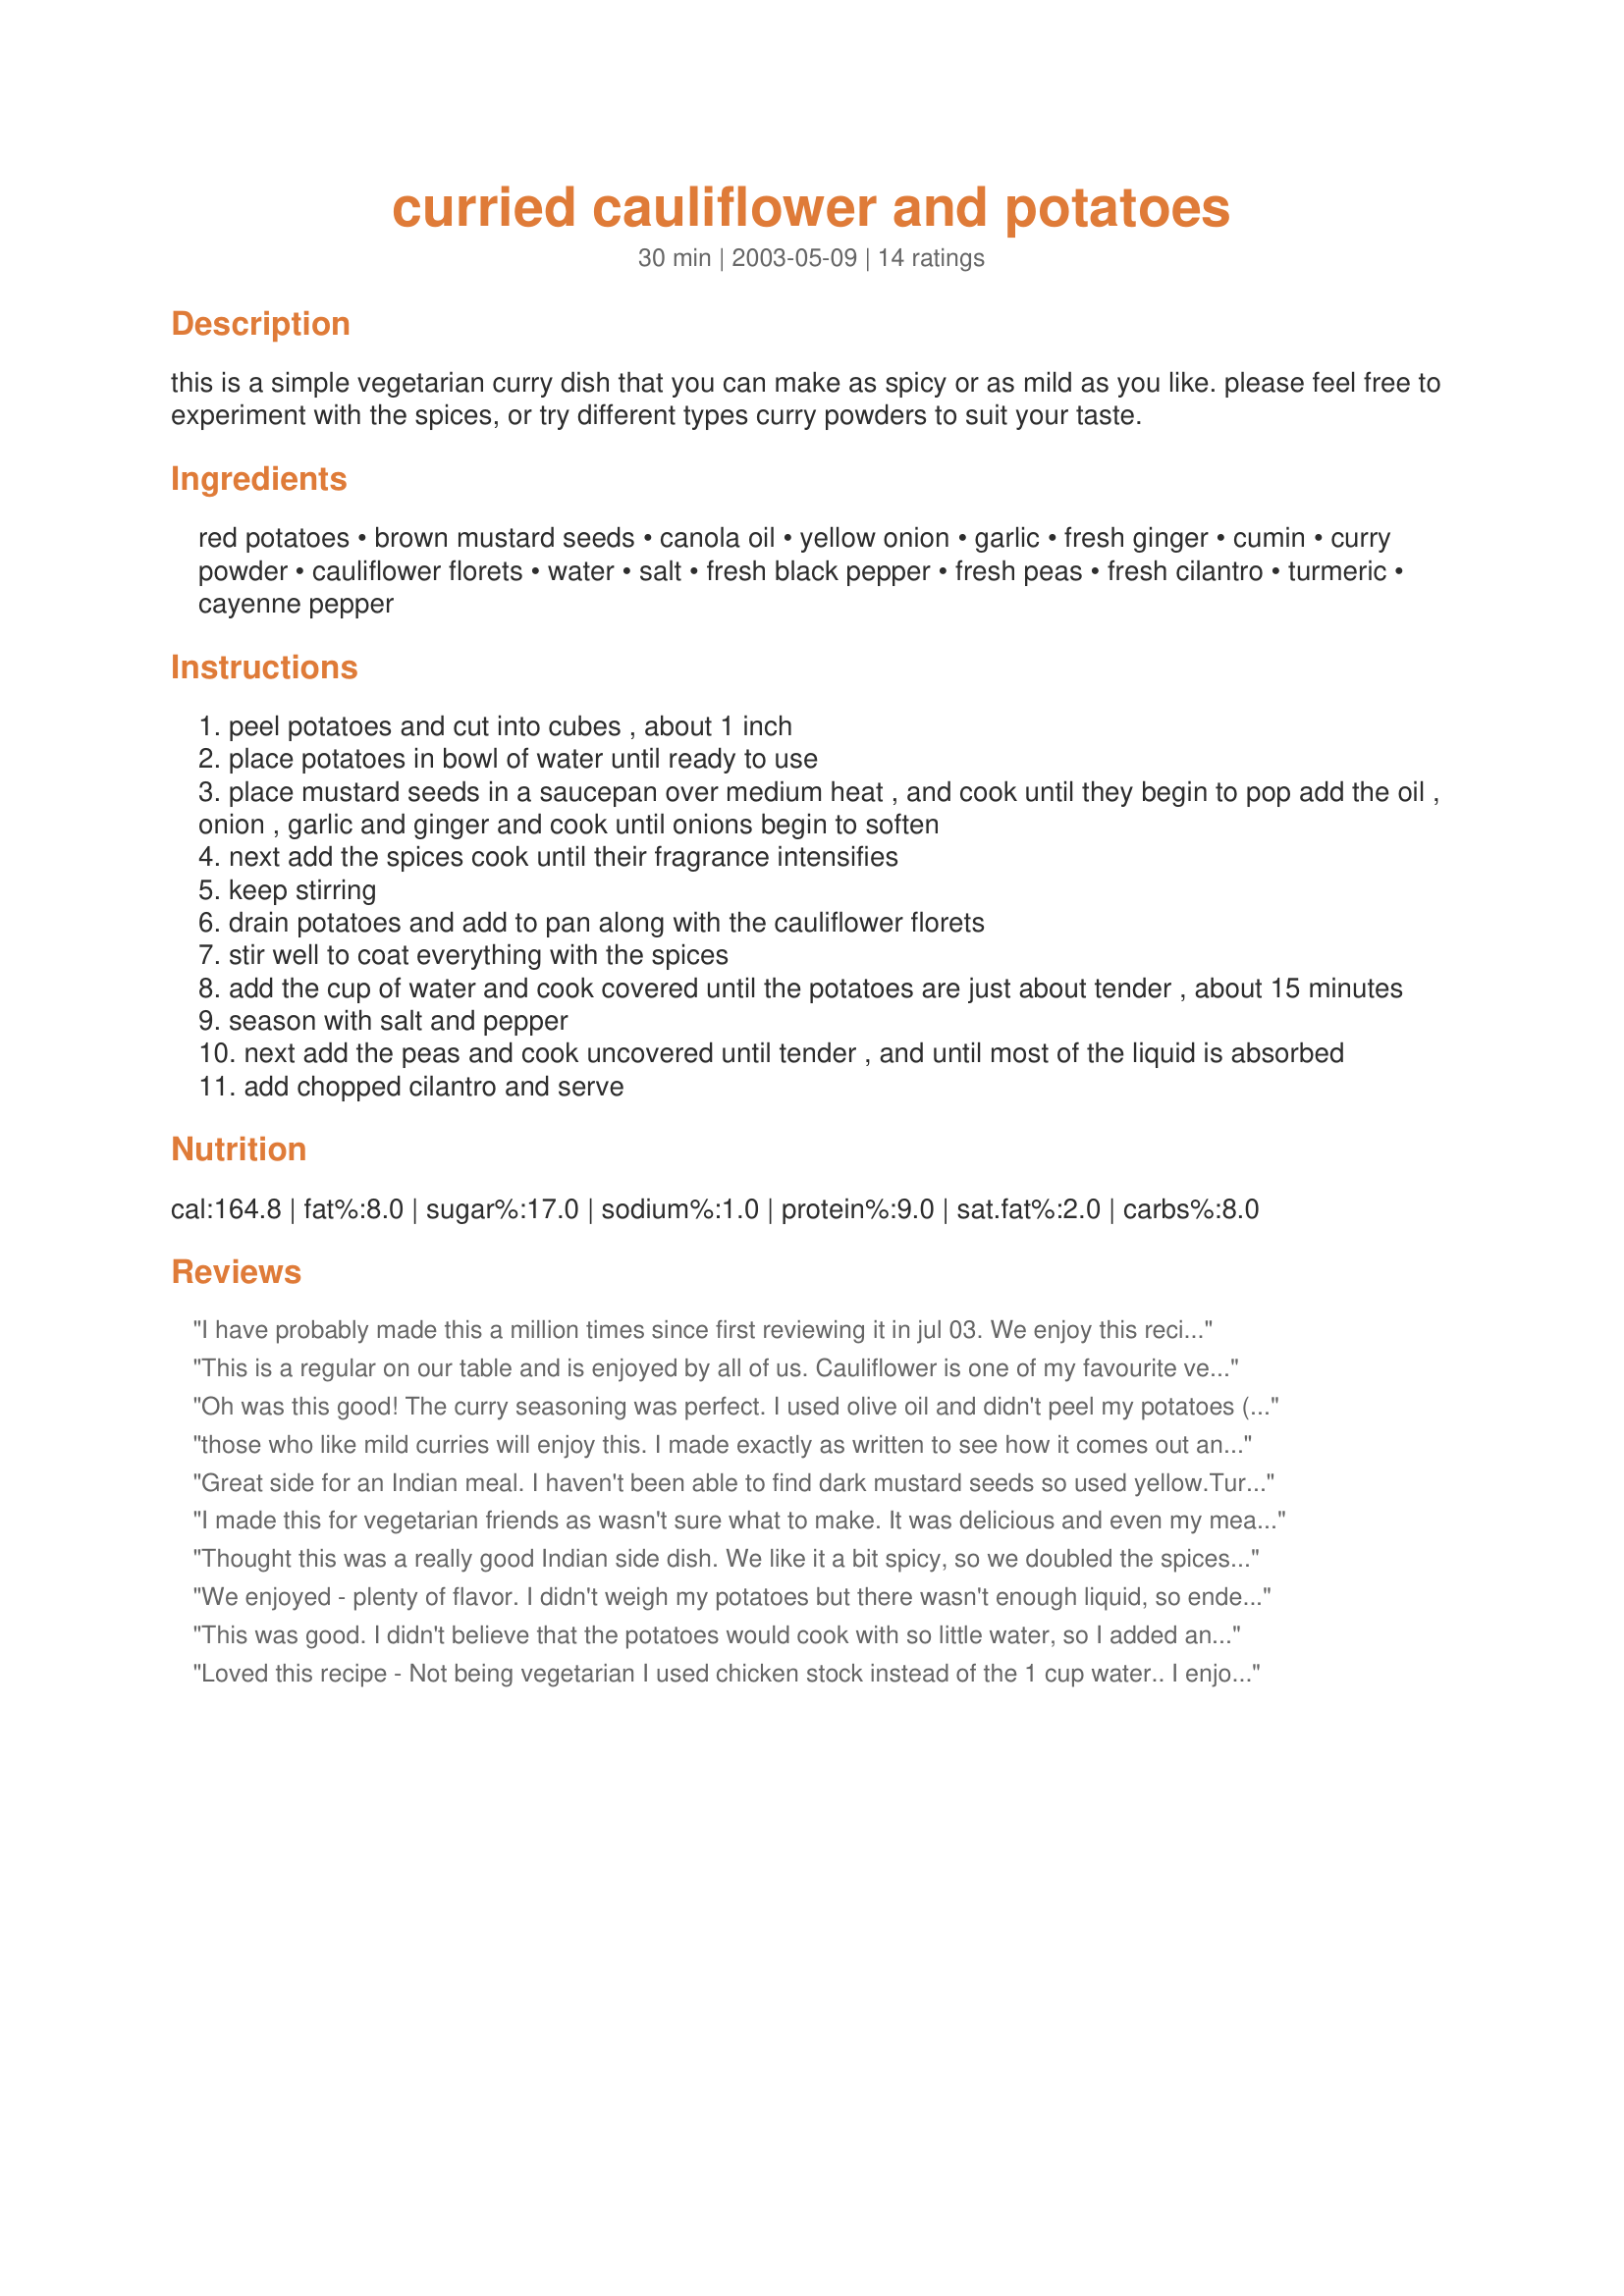
curried cauliflower and potatoes
Preparation time: 30 minutes

this is a simple vegetarian curry dish that you can make as spicy or as mild as you like. please feel free to experiment with the spices, or try different types curry powders to suit your taste.

Ingredients:
red potatoes, brown mustard seeds, canola oil, yellow onion, garlic, fresh ginger, cumin, curry powder, cauliflower florets, water, salt, fresh black pepper, fresh peas, fresh cilantro, turmeric, cayenne pepper

Steps:
peel potatoes and cut into cubes , about 1 inch
place potatoes in bowl of water until ready to use
place mustard seeds in a saucepan over medium heat , and cook until they begin to pop add the oil , onion , garlic and ginger and cook until onions begin to soften
next add the spices cook until their fragrance intensifies
keep stirring
drain potatoes and add to pan along with the cauliflower florets
stir well to coat everything with the spices
add the cup of water and cook covered until the potatoes are just about tender , about 15 minutes
season with salt and pepper
next add the peas and cook uncovered until tender , and until most of the liquid is absorbed
add chopped cilantro and serve

Reviews:
I have probably made this a million times since first reviewing it in jul 03. We enjoy this recipe very much!! Tonight I made it with a few minor alterations due to my own stupidity LOL I didnt realize i was out of peas until it was too late... so i decided to throw in some chopped jalapenos for added color and flavor...wow it was great! :) missed the peas though hehe. I also used red onion instead of yellow because thats all i had as well, and it made for a nice change. Thanks once again for this recipe :)
This is a regular on our table and is enjoyed by all of us. Cauliflower is one of my favourite veggies and peas is something I have loved since I was a kid...so that makes me want to eat this all the more;)
Generally, we also add 2 chopped and peeled tomatoes when making this.
Oh was this good! The curry seasoning was perfect. I used olive oil and didn't peel my potatoes (I never peel redskins). Other than that, I made it as posted. This was an easy dish to make because nothing needed par-cooking. Thanks for such a keeper recipe!
those who like mild curries will enjoy this. I made exactly as written to see how it comes out and I will certainly double the spices when I make this again. a very nice dish that can be tweaked to personal tastes.
Great side for an Indian meal. I haven't been able to find dark mustard seeds so used yellow.<br/>Turned out so nice.<br/>Served with Recipe #219784 (Minus Old Bay) and a curry sauce.
I made this for vegetarian friends as wasn't sure what to make. It was delicious and even my meat eating hubby loved it!! I used organic yellow gold potatoes which were very creamy texture. I didn't have the brown mustard seed and used ground mustard powder instead and got the heat of the dish from the cayanne pepper which was plenty hot enough for our tastes. I served with some naan bread but wasn't really necessary but good! I did another variation tonight adding stir fried dark chicken meat tonight for two of us and it was again wonderfull. A satisfying meal with an exotic taste and really easy to make.
Thought this was a really good Indian side dish. We like it a bit spicy, so we doubled the spices and would probably add a dash more next time. We used frozen peas, and personally I'm not a huge fan of peas, so I'd probably skip them or maybe fry up some carrots with the onion in place of the peas next time. Overall a very tasty dish.
We enjoyed - plenty of flavor. I didn't weigh my potatoes but there wasn't enough liquid, so ended up adding more and cooking a little while longer - no problemo, next time I'll just use 2 or 3 instead of 5 or 6.
This was good. I didn't believe that the potatoes would cook with so little water, so I added an extra half a cup. I needn't have bothered. As long as you stir it several times to make sure all the potatoes get cooked it'll be fine.
Loved this recipe - Not being vegetarian I used chicken stock instead of the 1 cup water.. I enjoyed the blend of spices they were not overpowering but complimented the taters & cauliflower. Instead of regular Pease I used sugar peas cut on the bias - looked great Thanks Kozmic Blues for a great recipe

Oh dear, this went straight into my "Encore" zaar cookbook. I actually cooked a successful Indian dish! This had tons of flavor, even if I, like another reviewer, realized at the last minute that I was out of peas. There'll be next times, I assure you. Thank you for posting this, Kosmic Blues!
We loved this recipe, a tasty mix of spices and veggies. The only changes I made was to use half the recipe since there are two of us, I also cut right back on the Coriander simply because we don't like the taste. I also added some Cashew nuts to the top which gave a lovely crunch.
Lovely tasty veggie recipe.
Very tasty dish. I did add a touch more of the spices, which made it that much better. :)
This was a good side dish! It is amazing the the potatoes cook in only a cup of water. Great combination of flavors. We will make this again. Thanks Kozmic!
